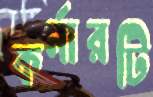
কর্নারটি